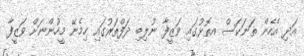
އަދި އެހެން ތަނަކަސް އތޮޅުގައި ވަޒީފާ ނުލިބި ދަފްތަރުގައި ހިމެނޭ މީހުންނަށް ވަޒީފާ